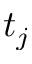
t _ { j }